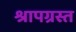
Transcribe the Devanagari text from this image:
श्रापग्रस्त